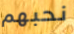
نحبهم